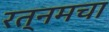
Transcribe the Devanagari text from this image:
रत्नमचा